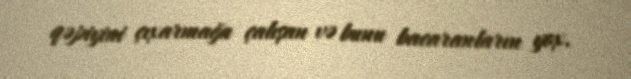
qəpiyini çıxarmağa çalışan və bunu bacaranların yox.